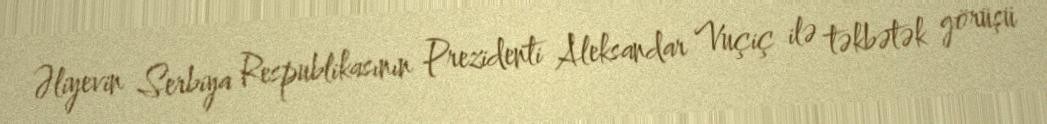
Əliyevin Serbiya Respublikasının Prezidenti Aleksandar Vuçiç ilə təkbətək görüşü